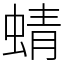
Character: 蜻